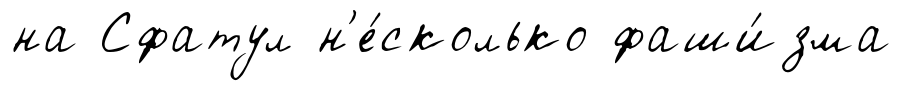
на Сфатул н'е́сколько фаши́зма